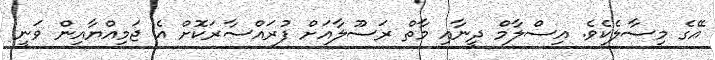
އޭގެ މިސާލެކެވެ. އިސްލާމް ދީނާއި މާތް ރަސޫލާއަށް ފުރައްސާރަކޮށް އެ ޖަމިއްޔާއިން ވަނީ